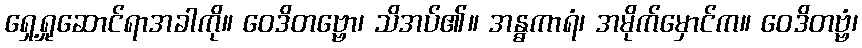
ရှေ့ရှုဆောင်ရာအခါကို။ ဝေဒိတဗ္ဗော၊ သိအပ်၏။ အန္ဓကာရံ၊ အမိုက်မှောင်က။ ဝေဒိတဗ္ဗံ၊